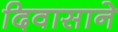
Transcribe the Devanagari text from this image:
दिवासाने